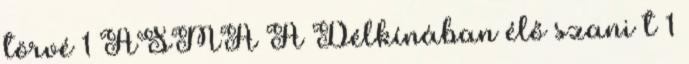
törvé 1 ASMA A Délkínában élő szani t 1